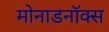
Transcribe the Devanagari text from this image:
मोनाडनॉक्स